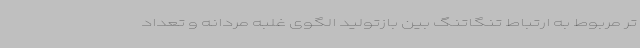
تر مربوط به ارتباط تنگاتنگ بین بازتولید الگوی غلبه مردانه و تعداد